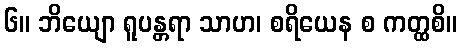
၆။ ဘိယျော ရူပန္တရာ သာဟ၊ စရိယေန စ ကတ္ထစိ။